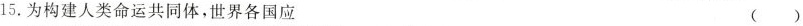
15.为构建人类命运共同体，世界各国应 ()